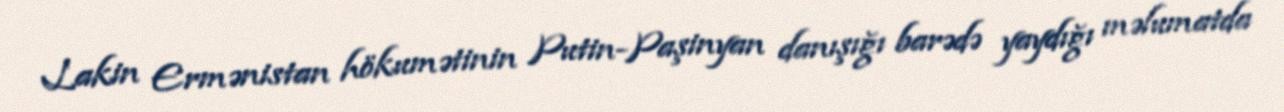
Lakin Ermənistan hökumətinin Putin-Paşinyan danışığı barədə yaydığı məlumatda